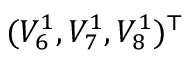
( V _ { 6 } ^ { 1 } , V _ { 7 } ^ { 1 } , V _ { 8 } ^ { 1 } ) ^ { \top }